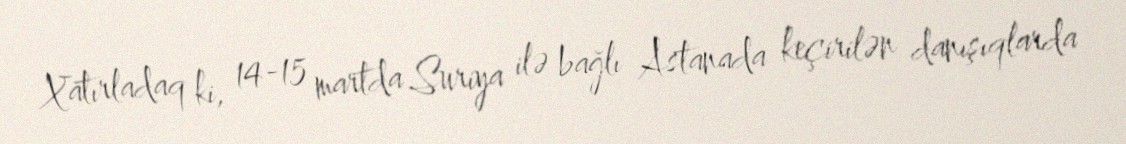
Xatırladaq ki, 14-15 martda Suriya ilə bağlı Astanada keçirilən danışıqlarda